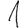
Digit: 1